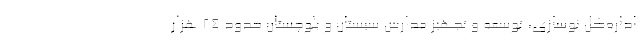
اداره‌کل نوسازی، توسعه و تجهیز مدارس سیستان و بلوچستان حدود ۲۴ هزار